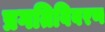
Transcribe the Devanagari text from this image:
प्रगतिविवरण